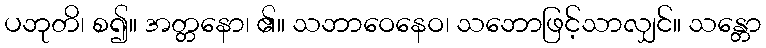
ပဘုတိ၊ စ၍။ အတ္တနော၊ ၏။ သဘာဝေနေဝ၊ သဘောဖြင့်သာလျှင်။ သန္တော